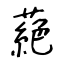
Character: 蕝